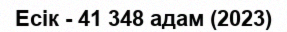
Есік - 41 348 адам (2023)